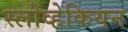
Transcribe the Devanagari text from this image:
स्लोव्हेकियन